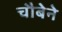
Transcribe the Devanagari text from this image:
चौबेने